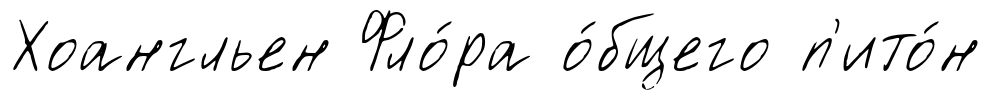
Хоангльен Фло́ра о́бщего п'ито́н